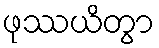
ဖုဿယိတွာ